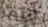
كريما